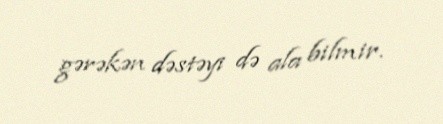
gərəkən dəstəyi də ala bilmir.